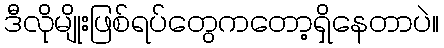
ဒီလိုမျိုးဖြစ်ရပ်တွေကတော့ရှိနေတာပဲ။